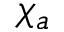
\chi _ { a }